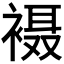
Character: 𫌇